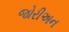
જોરીઅન